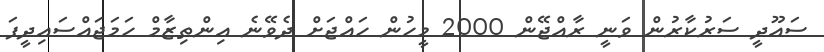
ސައޫދީ ސަރުކާރުން ވަނީ ރާއްޖޭން 2000 މީހުން ހައްޖަށް ދެވޭނެ އިންތިޒާމް ހަމަޖައްސައިދީފަ